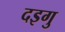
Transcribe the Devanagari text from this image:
दइगु